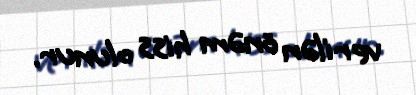
verilən önəm hiss olunur.